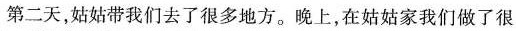
第二天，姑姑带我们去了很多地方。晚上，在姑姑家我们做了很